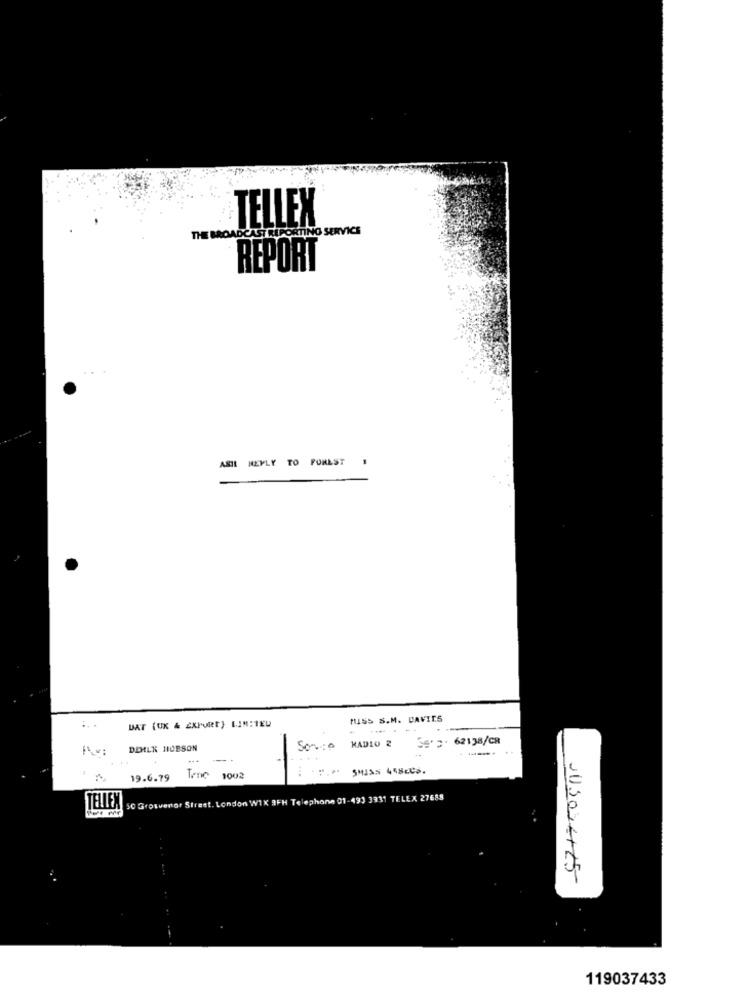
TELLEX
THE BROADCAST REPORTING SERVICE
REPORT
ASIL REPLY TO PUREST
DAT (UK & EXPORT) LIM:1EU
MISS S.M. DAVIES
.. .
KADIO 2
SS* ; . 62138/CR
FALw:
DEILK HOBSON
...
SMISS 448CCS.
19.6.79
Tene 1002
50 Grosvenor Street. London WIX 9FH Telephone 01-49) 3331 TELEX 27688
TELLEN
1130-4425
119037433